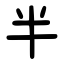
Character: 半